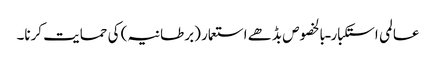
عالمی استکبار ـ بالخصوص بڈھے استعمار (برطانیہ) کی حمایت کرنا۔